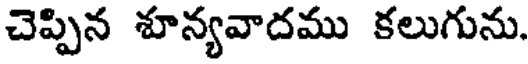
చెప్పిన శూన్యవాదము కలుగును.